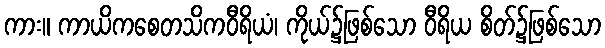
ကား။ ကာယိကစေတသိကဝီရိယံ၊ ကိုယ်၌ဖြစ်သော ဝီရိယ စိတ်၌ဖြစ်သော